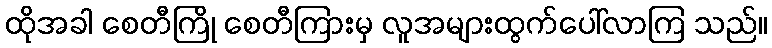
ထိုအခါ စေတီကြို စေတီကြားမှ လူအများထွက်ပေါ်လာကြ သည်။